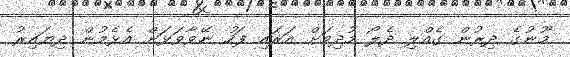
މޫނުގެ ދިރުން ގެއްލި ދެލޯ މުދިމަށް އަރައި ފަހު ނޭވާވަޅަށް އެޅެމުން ދިޔައިރު